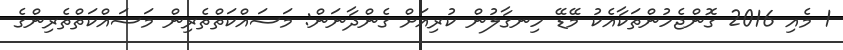
1 މެއި 2016 ގޮންޖެހުންތަކާއެކު މޭޑޭ ހިނގާލުން ކުރިއަށް ގެންދާނަން: މަސައްކަތްތެރިން މަސައްކަތްތެރިންގެ